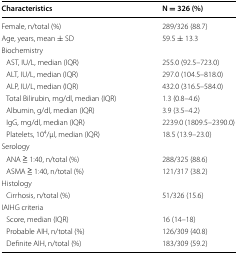
| Characteristics | N = 326 (%) |
 | --- | --- |
 | Female, n/total (%) | 289/326 (88.7) |
 | Age, years, mean ± SD | 59.5 ± 13.3 |
 | <COLSPAN=2> Biochemistry |
 | AST, IU/L, median (IQR) | 255.0 (92.5–723.0) |
 | ALT, IU/L, median (IQR) | 297.0 (104.5–818.0) |
 | ALP, IU/L, median (IQR) | 432.0 (316.5–584.0) |
 | Total Bilirubin, mg/dl, median (IQR) | 1.3 (0.8–4.6) |
 | Albumin, g/dl, median (IQR) | 3.9 (3.5–4.2) |
 | IgG, mg/dl, median (IQR) | 2239.0 (1809.5–2390.0) |
 | Platelets, 104/μl, median (IQR) | 18.5 (13.9–23.0) |
 | <COLSPAN=2> Serology |
 | ANA ≧ 1:40, n/total (%) | 288/325 (88.6) |
 | ASMA ≧ 1:40, n/total (%) | 121/317 (38.2) |
 | <COLSPAN=2> Histology |
 | Cirrhosis, n/total (%) | 51/326 (15.6) |
 | <COLSPAN=2> IAIHG criteria |
 | Score, median (IQR) | 16 (14–18) |
 | Probable AIH, n/total (%) | 126/309 (40.8) |
 | Definite AIH, n/total (%) | 183/309 (59.2) |